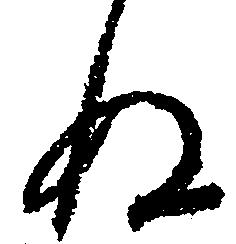
ぬ